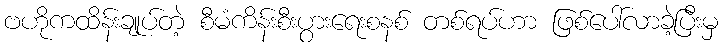
ဗဟိုကထိန်းချုပ်တဲ့ စီမံကိန်းစီးပွားရေးစနစ် တစ်ရပ်ဟာ ဖြစ်ပေါ်လာခဲ့ပြီးမှ